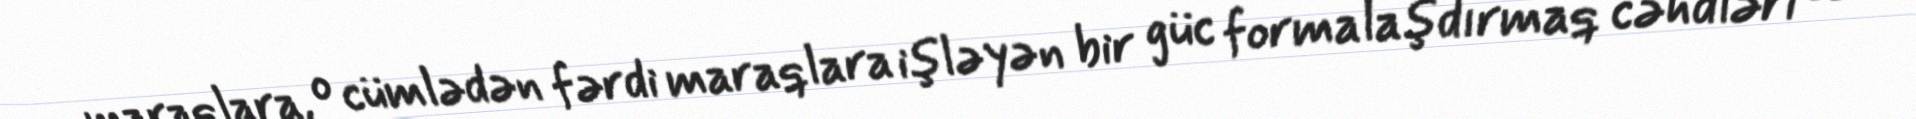
maraqlara, o cümlədən fərdi maraqlara işləyən bir güc formalaşdırmaq cəhdləri öz